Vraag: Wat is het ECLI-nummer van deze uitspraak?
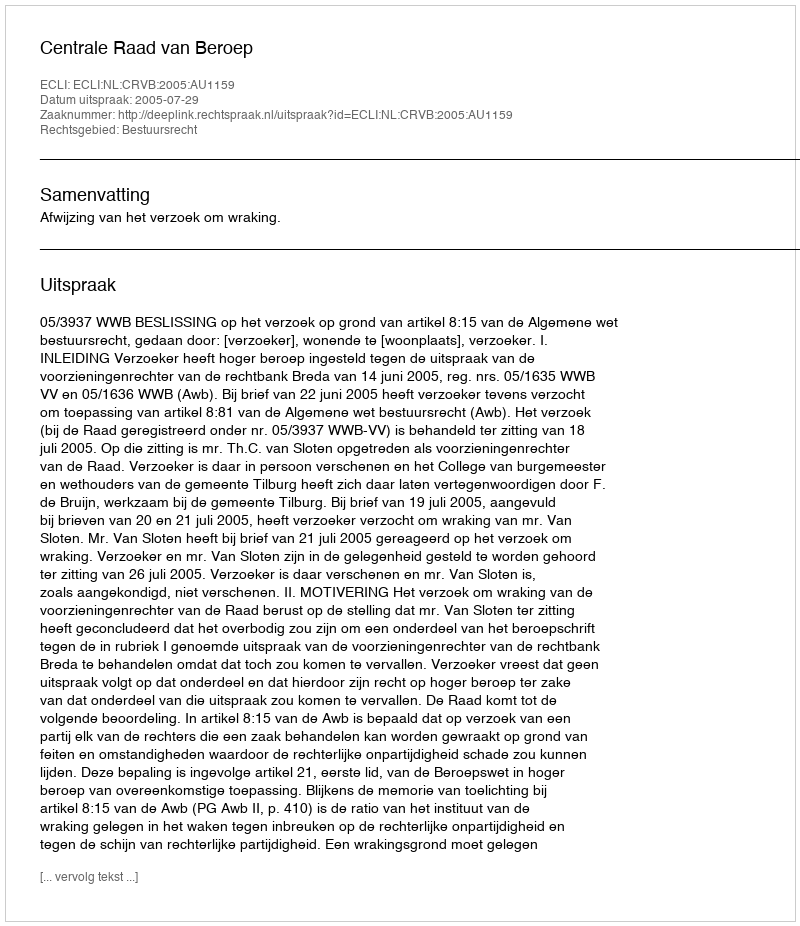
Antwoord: ECLI:NL:CRVB:2005:AU1159